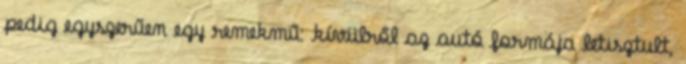
pedig egyszerűen egy remekmű: kívülről az autó formája letisztult,